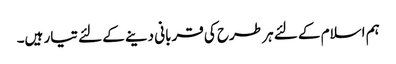
ہم اسلام کے لئے ہر طرح کی قربانی دینے کے لئے تیار ہیں۔